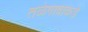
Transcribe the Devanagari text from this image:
तळेगावाकडे